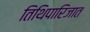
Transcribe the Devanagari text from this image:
तिथिपारिजात